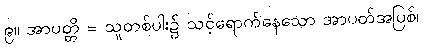
၉။ အာပတ္တိ = သူတစ်ပါး၌ သင့်ရောက်နေသော အာပတ်အပြစ်၊